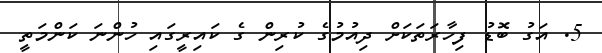
5. އަގު ބޮޑު ފިހާރަތަކަށް ދިއުމުގެ ކުރިން ގެ ކައިރީގައި ހުންނަ ކަންމަތީ